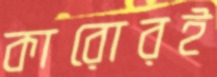
কারোরই